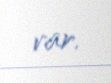
var.